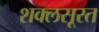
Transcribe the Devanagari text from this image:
शक्लसूरत